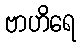
ဗာဟိရေ